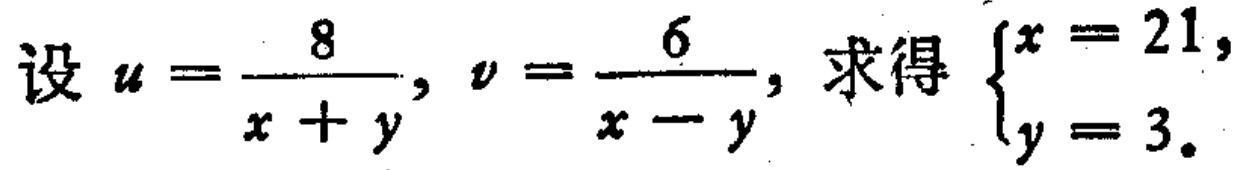
设 \(u = \frac{8}{x + y}\), \(v = \frac{6}{x - y}\), 求得 \(\begin{cases}x = 21,\\y = 3.\end{cases}\)